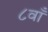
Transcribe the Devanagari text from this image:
८वाँ